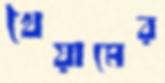
খৈয়ামের